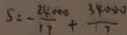
S = - \frac { 2 4 0 0 0 } { 1 7 } + \frac { 3 4 0 0 0 } { 1 7 }